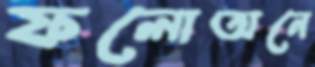
ফলোঅনে